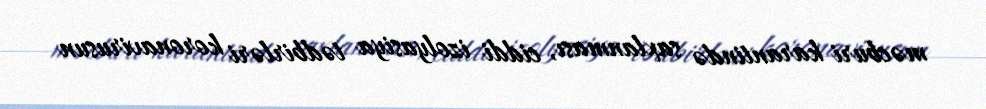
məcburi karantində saxlanması, ciddi izolyasiya tədbirləri koronavirusun